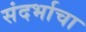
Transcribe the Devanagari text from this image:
संदर्भाचा